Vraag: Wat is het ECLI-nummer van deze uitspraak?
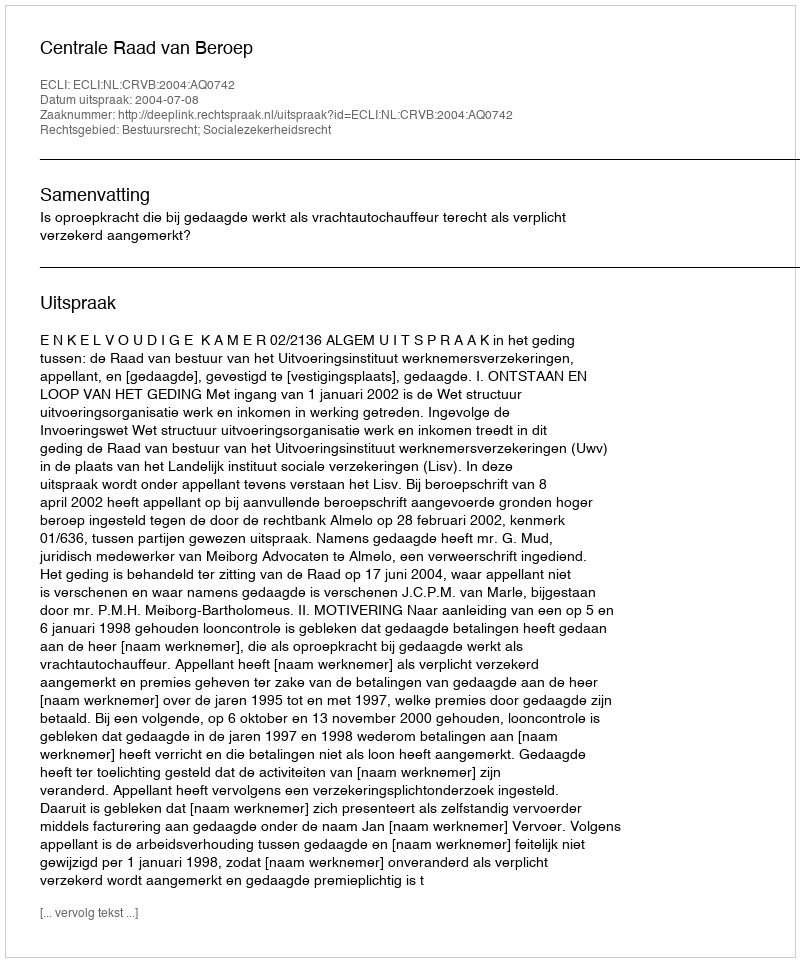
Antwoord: ECLI:NL:CRVB:2004:AQ0742